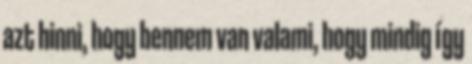
azt hinni, hogy bennem van valami, hogy mindig így